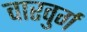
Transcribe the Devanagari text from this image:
वारवुर्ग